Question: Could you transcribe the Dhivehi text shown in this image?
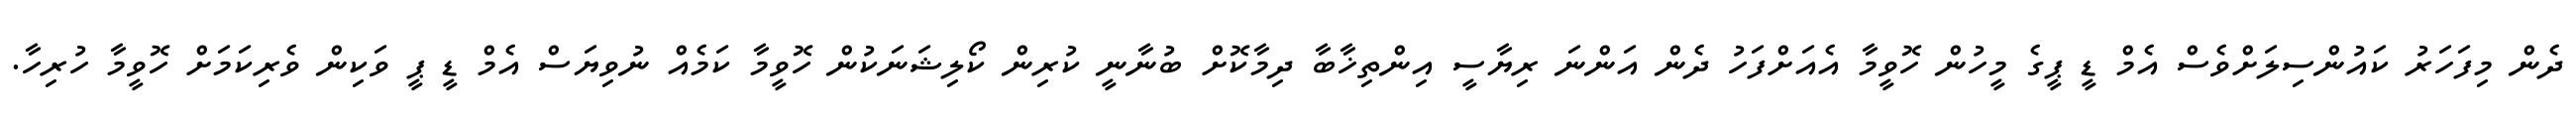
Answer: ދެން މިފަހަރު ކައުންސިލަށްވެސް އެމް ޑީ ޕީގެ މީހުން ހޮވީމާ އެއަށްފަހު ދެން އަންނަ ރިޔާސީ އިންތިޚާބާ ދިމާކޮށް ބުނާނީ ކުރިން ކޯލިޝަނަކުން ހޮވީމާ ކަމެއް ނުވިޔަސް އެމް ޑީ ޕީ ވަކިން ވެރިކަމަށް ހޮވީމާ ހުރިހާ.